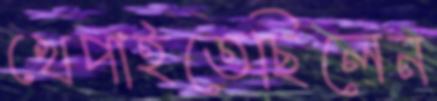
খেপাইতেছিলেন